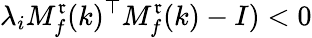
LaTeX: \lambda_{i}M_{f}^{\mathfrak{r}}(k)^{\top}M_{f}^{\mathfrak{r}}(k)-I)<0